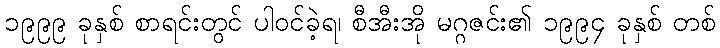
၁၉၉၉ ခုနှစ် စာရင်းတွင် ပါဝင်ခဲ့ရ၊ စီအီးအို မဂ္ဂဇင်း၏ ၁၉၉၄ ခုနှစ် တစ်